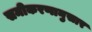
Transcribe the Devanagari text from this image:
समीकरणानुसार